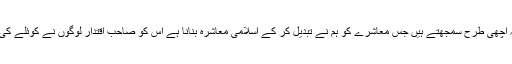
ہم جماعت والے یہ اچھی طرح سمجھتے ہیں جس معاشرے کو ہم نے تبدیل کر کے اسلامی معاشرہ بنانا ہے اس کو صاحب اقتدار لوگوں نے کوئلے کی طرح سیاہ کر دیا۔